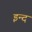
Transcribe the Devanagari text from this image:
इन्दं